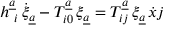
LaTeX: h _ { \ i } ^ { \underline { { { a } } } } \, \dot { \xi } _ { \underline { { { a } } } } - T _ { i 0 } ^ { \underline { { { a } } } } \, \xi _ { \underline { { { a } } } } = T _ { i j } ^ { \underline { { { a } } } } \, \xi _ { \underline { { { a } } } } \, { \dot { x } j }